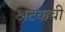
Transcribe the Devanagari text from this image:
अटकची